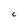
Character: c